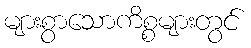
များစွာသောကိစ္စများတွင်